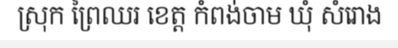
ស្រុក ព្រៃឈរ ខេត្ត កំពង់ចាម ឃុំ សំរោង